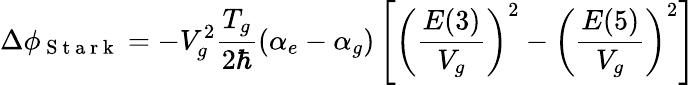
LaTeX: \Delta\phi_{\mathrm{~S~t~a~r~k~}}=-V_{g}^{2}\frac{T_{g}}{2\hbar}\left(\alpha_{e}-\alpha_{g}\right)\left[\left(\frac{E(3)}{V_{g}}\right)^{2}-\left(\frac{E(5)}{V_{g}}\right)^{2}\right]